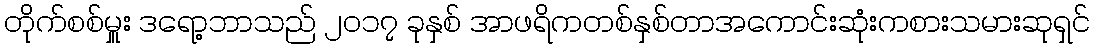
တိုက်စစ်မှူး ဒရော့ဘာသည် ၂၀၁၇ ခုနှစ် အာဖရိကတစ်နှစ်တာအကောင်းဆုံးကစားသမားဆုရှင်